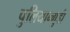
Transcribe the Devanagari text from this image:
पुलियान्गुडी